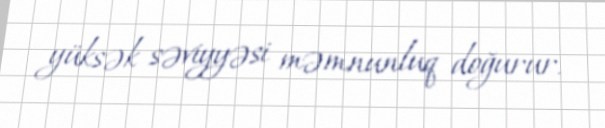
yüksək səviyyəsi məmnunluq doğurur.